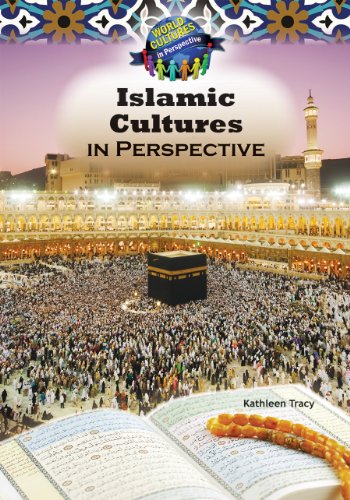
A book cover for Islamic Culture in the Middle East in Perspective (World Cultures in Perspective); Kathleen Tracy; Teen & Young Adult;